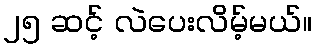
၂၅ ဆင့် လဲပေးလိမ့်မယ်။